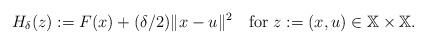
LaTeX: \begin{align*} H_{\delta}(z):=F(x)+({\delta}/{2})\|x-u\|^2 \quad{\rm for}\ z:=(x,u)\in\mathbb{X}\times\mathbb{X}. \end{align*}